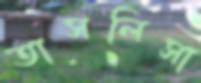
তাসলিসা